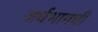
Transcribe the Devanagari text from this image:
अर्धभागधी